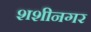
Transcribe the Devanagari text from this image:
शशीनगर